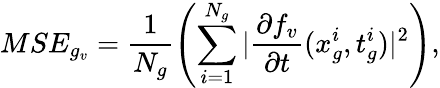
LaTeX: MSE_{g_{v}}=\frac{1}{N_{g}}\left(\sum_{i=1}^{N_{g}}|\frac{\partial f_{v}}{\partial t}(x_{g}^{i},t_{g}^{i})|^{2}\right),